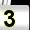
Digit: 3